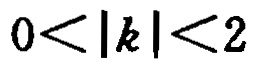
\(0<|k|<2\)